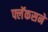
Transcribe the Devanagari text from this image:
फ्लॅकसने